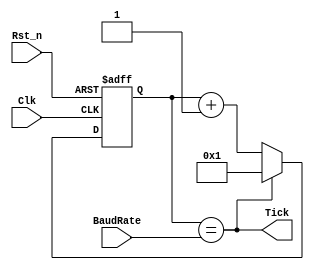
module uart_baud(
    Clk                   ,
    Rst_n                 ,
    Tick                  ,
    BaudRate
    );

input           Clk                 ; // Clock input
input           Rst_n               ; // Reset input
input [15:0]    BaudRate            ; // Value to divide the generator by
output          Tick                ; // Each "BaudRate" pulses we create a tick pulse
reg [15:0]      baudRateReg = 16'd1 ; // Register used to count


always @(posedge Clk or negedge Rst_n)
	 begin
    if (!Rst_n) 
	 baudRateReg <= 16'b1;
    else if (Tick) 
	 baudRateReg <= 16'b1;
    else baudRateReg <= baudRateReg + 1'b1;
	 end
assign Tick = (baudRateReg == BaudRate);
endmodule